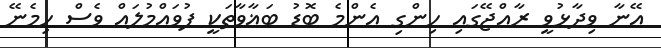
އޭނާ ވިދާޅުވީ ރާއްޖޭގައި ހިންގި އެންމެ ބޮޑު ބަޣާވާތަކީ ފުވައްމުލައް ވެސް ހިމެނޭ